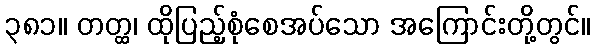
၃၈၁။ တတ္ထ၊ ထိုပြည့်စုံစေအပ်သော အကြောင်းတို့တွင်။